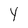
Character: Y